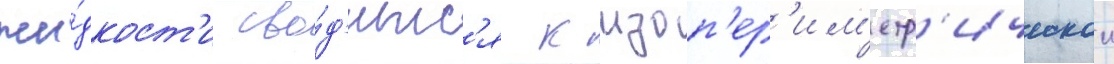
жи́дкост'и сво́д'итс'я к изоп'ер'им'етр'ическои